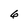
Character: 6